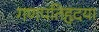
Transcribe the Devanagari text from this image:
गणपतिहृदया